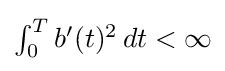
{\textstyle \int _{0}^{T}b'(t)^{2}\,dt<\infty }